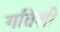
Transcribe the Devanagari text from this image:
गतिशी